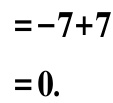
\(=-7 + 7\)
\(=0.\)